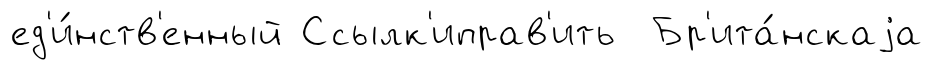
ед'и́нств'енный Ссылк'иправ'ить Бр'ита́нскаjа